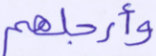
وأرجلهم